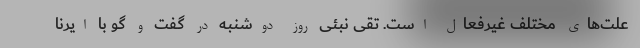
علت‌های مختلف غیرفعال است. تقی نبئی روز دوشنبه در گفت و گو با ایرنا